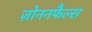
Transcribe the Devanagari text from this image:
ज़ोननफैल्स